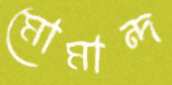
মোমান্দ